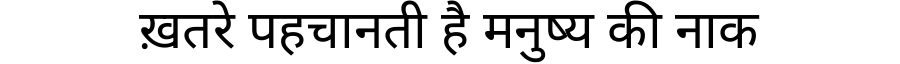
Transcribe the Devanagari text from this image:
ख़तरे पहचानती है मनुष्य की नाक